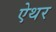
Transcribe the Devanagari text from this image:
ऐथर